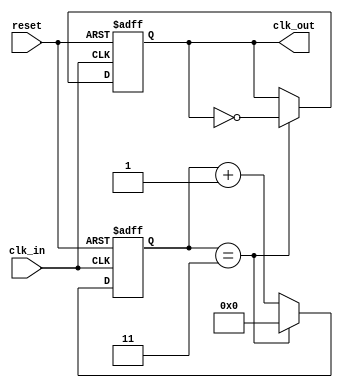
module ClockDivider #(
    parameter DIV_FACTOR = 4  // Division factor (must be > 0)
) (
    input wire clk_in,        // Input clock
    input wire reset,         // Asynchronous active-high reset
    output reg clk_out        // Divided clock output
);

    // Internal counter
    reg [31:0] counter;       // 32-bit counter to hold the count

    // Always block triggered on the rising edge of clk_in
    always @(posedge clk_in or posedge reset) begin
        if (reset) begin
            counter <= 0;     // Reset the counter
            clk_out <= 0;     // Reset the clock output
        end else begin
            if (counter == (DIV_FACTOR - 1)) begin
                counter <= 0; // Reset counter
                clk_out <= ~clk_out; // Toggle clock output
            end else begin
                counter <= counter + 1; // Increment counter
            end
        end
    end

endmodule